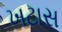
ખટાસ